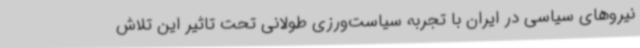
نیروهای سیاسی در ایران با تجربه سیاست‌ورزی طولانی تحت تاثیر این تلاش